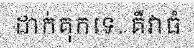
ដាក់គុកទេ. គឺវាធំ